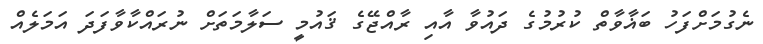
ނެގުމަށްފަހު ބަޣާވާތް ކުރުމުގެ ދައުވާ އާއި ރާއްޖޭގެ ޤައުމީ ސަލާމަތަށް ނުރައްކާވާފަދަ އަމަލެއް